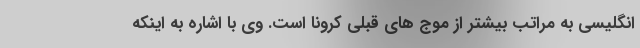
انگلیسی به مراتب بیشتر از موج های قبلی کرونا است. وی با اشاره به اینکه